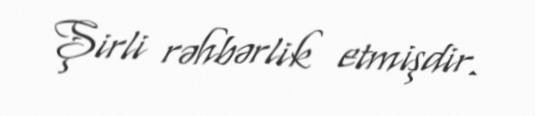
Şirli rəhbərlik etmişdir.